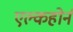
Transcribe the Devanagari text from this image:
एल्कहोर्न